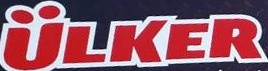
ULKER